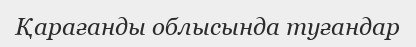
Қарағанды облысында туғандар